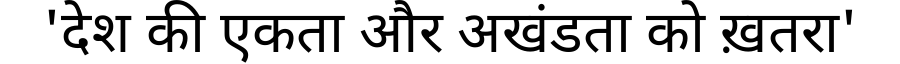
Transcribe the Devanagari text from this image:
'देश की एकता और अखंडता को ख़तरा'